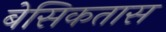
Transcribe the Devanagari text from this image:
बेसिकतास